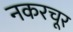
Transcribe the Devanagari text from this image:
नकरचूर